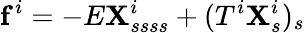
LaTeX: \mathbf{f}^{i}=-E\mathbf{X}_{ssss}^{i}+(T^{i}\mathbf{X}_{s}^{i})_{s}